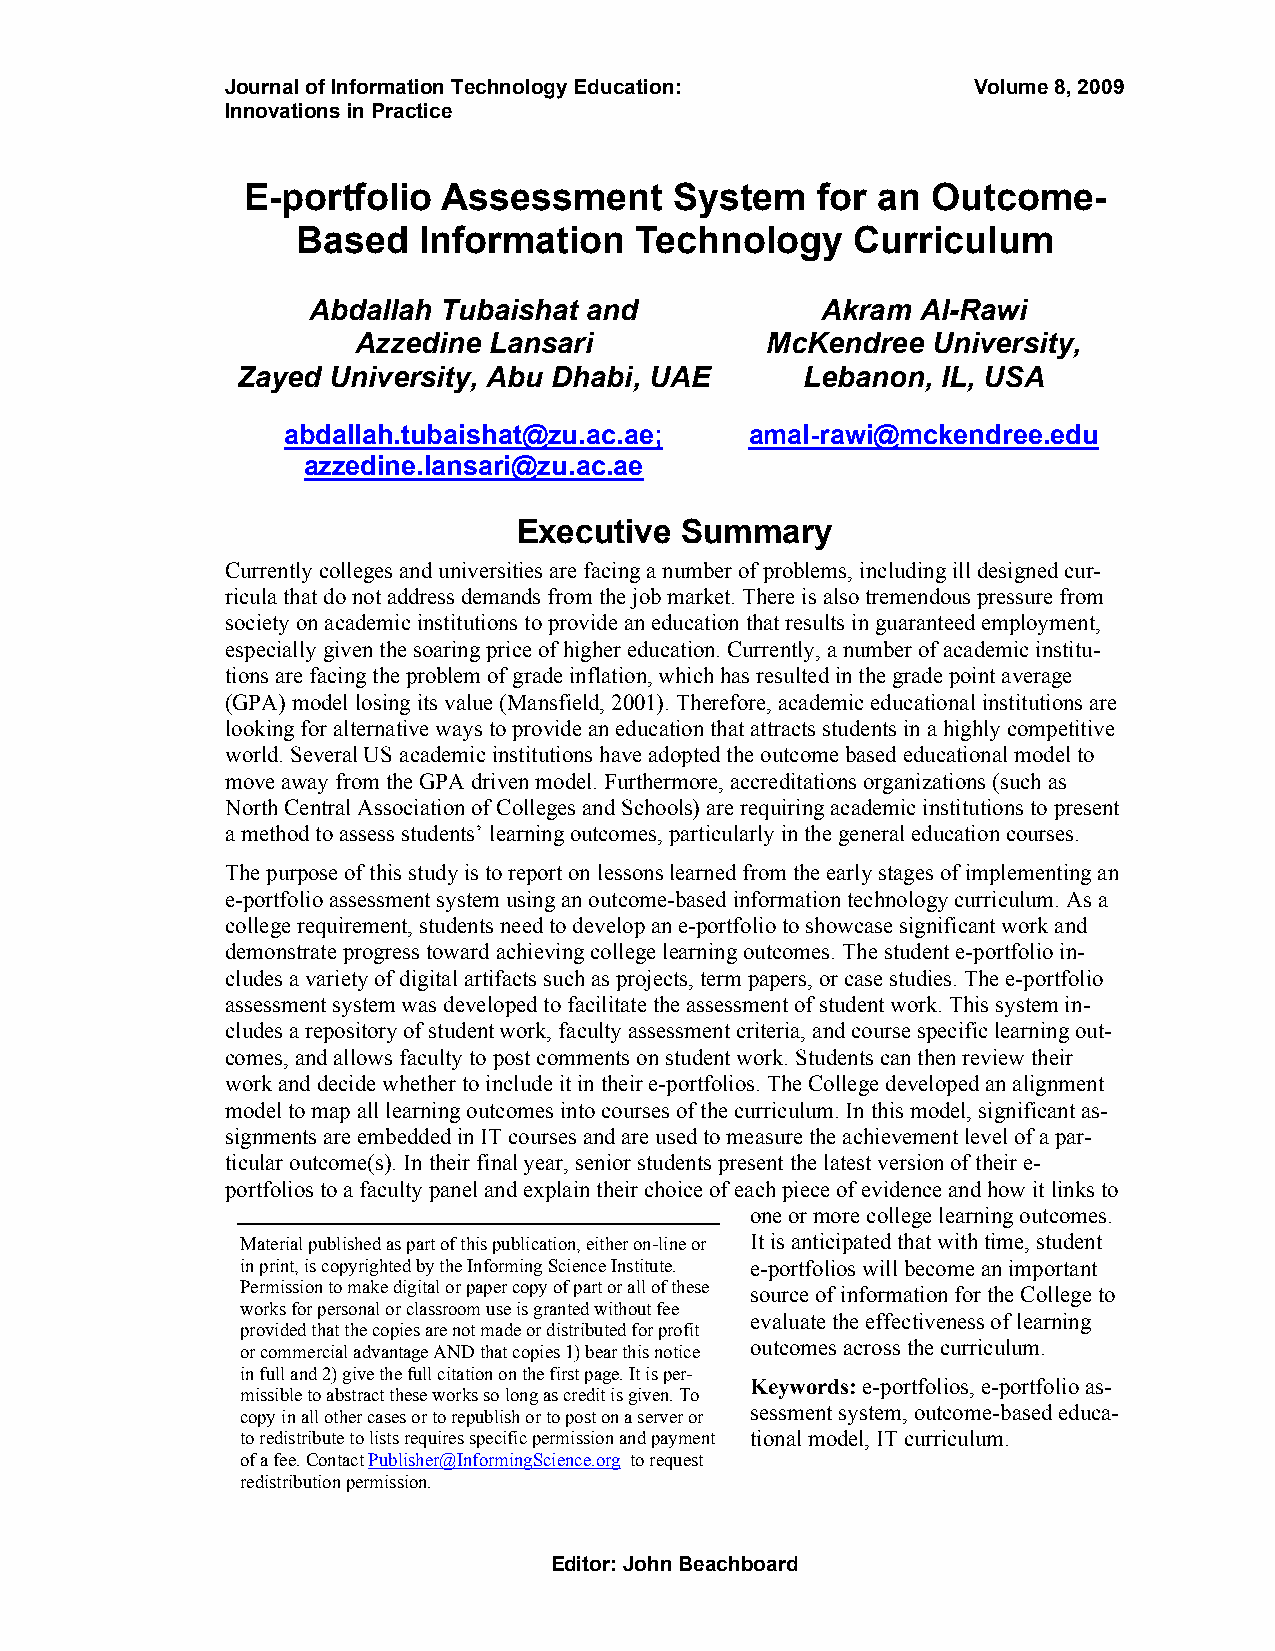
Journal of Information Technology Education:     Volume 8, 2009
 Innovations in Practice
 E-portfolio  Assessment      System   for an  Outcome-
 Based   Information   Technology     Curriculum
 Abdallah Tubaishat and            Akram  Al-Rawi
 Azzedine Lansari            McKendree  University,
 Zayed University, Abu Dhabi, UAE     Lebanon, IL, USA
 abdallah.tubaishat@zu.ac.ae;   amal-rawi@mckendree.edu
 azzedine.lansari@zu.ac.ae
 Executive  Summary
 Currently colleges and universities are facing a number of problems, including ill designed cur-
 ricula that do not address demands from the job market. There is also tremendous pressure from
 society on academic institutions to provide an education that results in guaranteed employment,
 especially given the soaring price of higher education. Currently, a number of academic institu-
 tions are facing the problem of grade inflation, which has resulted in the grade point average
 (GPA) model losing its value (Mansfield, 2001). Therefore, academic educational institutions are
 looking for alternative ways to provide an education that attracts students in a highly competitive
 world. Several US academic institutions have adopted the outcome based educational model to
 move away from the GPA driven model. Furthermore, accreditations organizations (such as
 North Central Association of Colleges and Schools) are requiring academic institutions to present
 a method to assess students’ learning outcomes, particularly in the general education courses.
 The purpose of this study is to report on lessons learned from the early stages of implementing an
 e-portfolio assessment system using an outcome-based information technology curriculum. As a
 college requirement, students need to develop an e-portfolio to showcase significant work and
 demonstrate progress toward achieving college learning outcomes. The student e-portfolio in-
 cludes a variety of digital artifacts such as projects, term papers, or case studies. The e-portfolio
 assessment system was developed to facilitate the assessment of student work. This system in-
 cludes a repository of student work, faculty assessment criteria, and course specific learning out-
 comes, and allows faculty to post comments on student work. Students can then review their
 work and decide whether to include it in their e-portfolios. The College developed an alignment
 model to map all learning outcomes into courses of the curriculum. In this model, significant as-
 signments are embedded in IT courses and are used to measure the achievement level of a par-
 ticular outcome(s). In their final year, senior students present the latest version of their e-
 portfolios to a faculty panel and explain their choice of each piece of evidence and how it links to
 one or more college learning outcomes.
 Material published as part of this publication, either on-line or It is anticipated that with time, student
 in print, is copyrighted by the Informing Science Institute. e-portfolios will become an important
 Permission to make digital or paper copy of part or all of these source of information for the College to
 works for personal or classroom use is granted without fee
 evaluate the effectiveness of learning
 provided that the copies are not made or distributed for profit
 outcomes across the curriculum.
 or commercial advantage AND that copies 1) bear this notice
 in full and 2) give the full citation on the first page. It is per-
 Keywords: e-portfolios, e-portfolio as-
 missible to abstract these works so long as credit is given. To
 copy in all other cases or to republish or to post on a server or sessment system, outcome-based educa-
 to redistribute to lists requires specific permission and payment tional model, IT curriculum.
 of a fee. Contact Publisher@InformingScience.org to request
 redistribution permission.
 Editor: John Beachboard